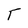
Character: T